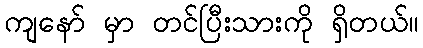
ကျနော် မှာ တင်ပြီးသားကို ရှိတယ်။